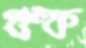
গুল্ফ